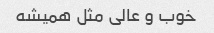
خوب و عالی مثل همیشه